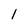
Character: 1